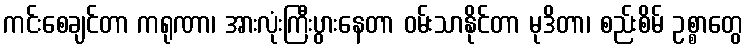
ကင်းစေချင်တာ ကရုဏာ၊ အားလုံးကြီးပွားနေတာ ဝမ်းသာနိုင်တာ မုဒိတာ၊ စည်းစိမ် ဥစ္စာတွေ